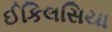
ઈકિલસિયા